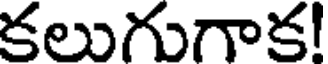
కలుగుగాక!